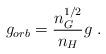
LaTeX: \begin{align*}g_{orb}=\frac{n_{G}^{1/2}}{n_{H}}g \ .\end{align*}